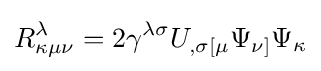
R_{\kappa \mu \nu }^{\lambda }=2\gamma ^{\lambda \sigma }U_{,\sigma [\mu }\Psi _{\nu ]}\Psi _{\kappa }